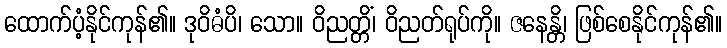
ထောက်ပံ့နိုင်ကုန်၏။ ဒုဝိဓံပိ၊ သော။ ဝိညတ္တိံ၊ ဝိညတ်ရုပ်ကို။ ဇနေန္တိ၊ ဖြစ်စေနိုင်ကုန်၏။